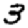
Digit: 3